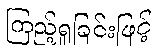
ကြည့်ရှုခြင်းဖြင့်